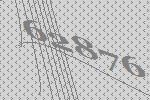
62876